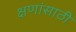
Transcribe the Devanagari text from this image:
क्षणांसाठी